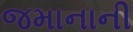
જમાનાની